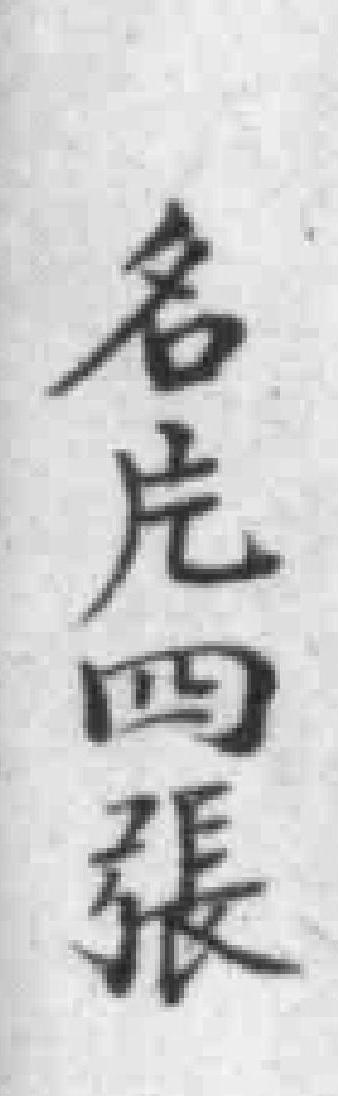
名片四張